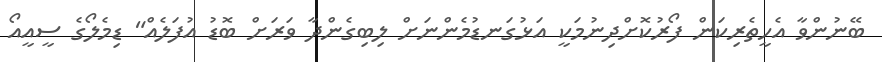
ބޭނުންވާ އެހީތެރިކަން ފޯރުކޮށްދިނުމަކީ އަޅުގަނޑުމެންނަށް ލިބިގެންދާ ވަރަށް ބޮޑު އުފަލެއް" ޑިމެލޯގެ ސީއީއޯ